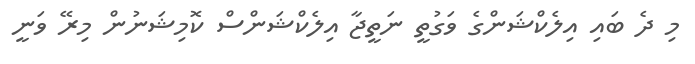
މި ދެ ބައި އިލެކްޝަންގެ ވަގުތީ ނަތީޖާ އިލެކްޝަންސް ކޮމިޝަނުން މިރޭ ވަނީ